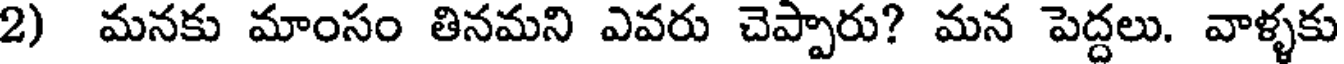
2) మనకు మాంసం తినమని ఎవరు చెప్పారు? మన పెద్దలు. వాళ్ళకు